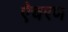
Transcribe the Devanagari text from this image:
ऐचरण